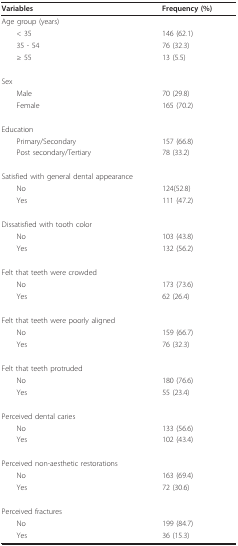
<table><thead><tr><td><b>Variables</b></td><td><b>Frequency (%)</b></td></tr></thead><tbody><tr><td>Age group (years)</td><td></td></tr><tr><td> &lt; 35</td><td>146 (62.1)</td></tr><tr><td> 35 - 54</td><td>76 (32.3)</td></tr><tr><td> ≥ 55</td><td>13 (5.5)</td></tr><tr><td>Sex</td><td></td></tr><tr><td> Male</td><td>70 (29.8)</td></tr><tr><td> Female</td><td>165 (70.2)</td></tr><tr><td>Education</td><td></td></tr><tr><td> Primary/Secondary</td><td>157 (66.8)</td></tr><tr><td> Post secondary/Tertiary</td><td>78 (33.2)</td></tr><tr><td>Satisfied with general dental appearance</td><td></td></tr><tr><td> No</td><td>124(52.8)</td></tr><tr><td> Yes</td><td>111 (47.2)</td></tr><tr><td>Dissatisfied with tooth color</td><td></td></tr><tr><td> No</td><td>103 (43.8)</td></tr><tr><td> Yes</td><td>132 (56.2)</td></tr><tr><td>Felt that teeth were crowded</td><td></td></tr><tr><td> No</td><td>173 (73.6)</td></tr><tr><td> Yes</td><td>62 (26.4)</td></tr><tr><td>Felt that teeth were poorly aligned</td><td></td></tr><tr><td> No</td><td>159 (66.7)</td></tr><tr><td> Yes</td><td>76 (32.3)</td></tr><tr><td>Felt that teeth protruded</td><td></td></tr><tr><td> No</td><td>180 (76.6)</td></tr><tr><td> Yes</td><td>55 (23.4)</td></tr><tr><td>Perceived dental caries</td><td></td></tr><tr><td> No</td><td>133 (56.6)</td></tr><tr><td> Yes</td><td>102 (43.4)</td></tr><tr><td>Perceived non-aesthetic restorations</td><td></td></tr><tr><td> No</td><td>163 (69.4)</td></tr><tr><td> Yes</td><td>72 (30.6)</td></tr><tr><td>Perceived fractures</td><td></td></tr><tr><td> No</td><td>199 (84.7)</td></tr><tr><td> Yes</td><td>36 (15.3)</td></tr></tbody></table>